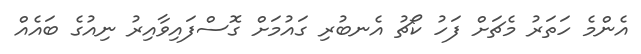
އެންމެ ހަތަރު މެޗަށް ފަހު ކޯޗު އެނބުރި ގައުމަށް ގޮސްފައިވާއިރު ނިއުގެ ބައެއް